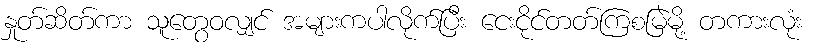
နှုတ်ဆိတ်ကာ သူတွေဝလျှင် အများကပါလိုက်ပြီး ငေးငိုင်တတ်ကြစမြဲမို့ တကားလုံး